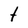
Character: t